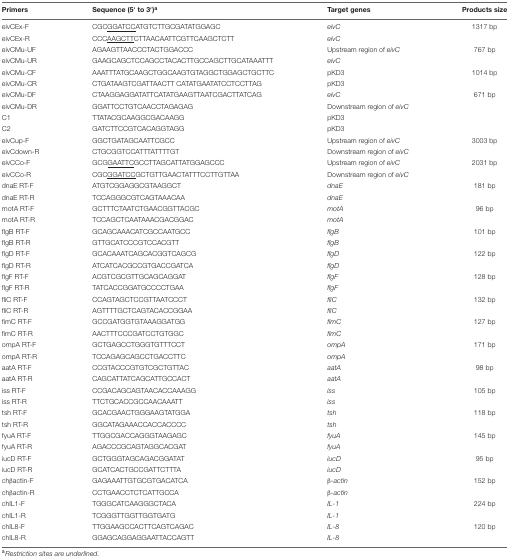
<table><thead><tr><td><b>Primers</b></td><td><b>Sequence (5′ to 3′)<sup>a</sup></b></td><td><b>Target genes</b></td><td><b>Products size</b></td></tr></thead><tbody><tr><td>eivCEx-F</td><td>CGC<underline>GGATCC</underline>ATGTCTTGCGATATGGAGC</td><td><i>eivC</i></td><td>1317 bp</td></tr><tr><td>eivCEx-R</td><td>CCC<underline>AAGCTT</underline>CTTAACAATTCGTTCAAGCTCTT</td><td><i>eivC</i></td><td></td></tr><tr><td>eivCMu-UF</td><td>AGAAGTTAACCCTACTGGACCC</td><td>Upstream region of <i>eivC</i></td><td>767 bp</td></tr><tr><td>eivCMu-UR</td><td>GAAGCAGCTCCAGCCTACACTTGCCAGCTTGCATAAATTT</td><td><i>eivC</i></td><td></td></tr><tr><td>eivCMu-CF</td><td>AAATTTATGCAAGCTGGCAAGTGTAGGCTGGAGCTGCTTC</td><td>pKD3</td><td>1014 bp</td></tr><tr><td>eivCMu-CR</td><td>CTGATAAGTCGATTAACTT CATATGAATATCCTCCTTAG</td><td>pKD3</td><td></td></tr><tr><td>eivCMu-DF</td><td>CTAAGGAGGATATTCATATGAAGTTAATCGACTTATCAG</td><td><i>eivC</i></td><td>671 bp</td></tr><tr><td>eivCMu-DR</td><td>GGATTCCTGTCAACCTAGAGAG</td><td>Downstream region of <i>eivC</i></td><td></td></tr><tr><td>C1</td><td>TTATACGCAAGGCGACAAGG</td><td>pKD3</td><td></td></tr><tr><td>C2</td><td>GATCTTCCGTCACAGGTAGG</td><td>pKD3</td><td></td></tr><tr><td>eivCup-F</td><td>GGCTGATAGCAATTCGCC</td><td>Upstream region of <i>eivC</i></td><td>3003 bp</td></tr><tr><td>eivCdown-R</td><td>CTGCGGTCCATTTATTTTGT</td><td>Downstream region of <i>eivC</i></td><td></td></tr><tr><td>eivCCo-F</td><td>GCG<underline>GAATTC</underline>GCCTTAGCATTATGGAGCCC</td><td>Upstream region of <i>eivC</i></td><td>2031 bp</td></tr><tr><td>eivCCo-R</td><td>CGC<underline>GGATCC</underline>GCTGTTGAACTATTTCCTTGTTAA</td><td>Downstream region of <i>eivC</i></td><td></td></tr><tr><td>dnaE RT-F</td><td>ATGTCGGAGGCGTAAGGCT</td><td><i>dnaE</i></td><td>181 bp</td></tr><tr><td>dnaE RT-R</td><td>TCCAGGGCGTCAGTAAACAA</td><td><i>dnaE</i></td><td></td></tr><tr><td>motA RT-F</td><td>GCTTTCTAATCTGAACGGTTACGC</td><td><i>motA</i></td><td>96 bp</td></tr><tr><td>motA RT-R</td><td>TCCAGCTCAATAAACGACGGAC</td><td><i>motA</i></td><td></td></tr><tr><td>flgB RT-F</td><td>GCAGCAAACATCGCCAATGCC</td><td><i>flgB</i></td><td>101 bp</td></tr><tr><td>flgB RT-R</td><td>GTTGCATCCCGTCCACGTT</td><td><i>flgB</i></td><td></td></tr><tr><td>flgD RT-F</td><td>GCACAAATCAGCACGGTCAGCG</td><td><i>flgD</i></td><td>122 bp</td></tr><tr><td>flgD RT-R</td><td>ATCATCACGCCGTGACCGATCA</td><td><i>flgD</i></td><td></td></tr><tr><td>flgF RT-F</td><td>ACGTCGCGTTGCAGCAGGAT</td><td><i>flgF</i></td><td>128 bp</td></tr><tr><td>flgF RT-R</td><td>TATCACCGGATGCCCCTGAA</td><td><i>flgF</i></td><td></td></tr><tr><td>fliC RT-F</td><td>CCAGTAGCTCCGTTAATCCCT</td><td><i>fliC</i></td><td>132 bp</td></tr><tr><td>fliC RT-R</td><td>AGTTTTGCTCAGTACACCGGAA</td><td><i>fliC</i></td><td></td></tr><tr><td>fimC RT-F</td><td>GCCGATGGTGTAAAGGATGG</td><td><i>fimC</i></td><td>127 bp</td></tr><tr><td>fimC RT-R</td><td>AACTTTCCCGATCCTGTGGC</td><td><i>fimC</i></td><td></td></tr><tr><td>ompA RT-F</td><td>GCTGAGCCTGGGTGTTTCCT</td><td><i>ompA</i></td><td>171 bp</td></tr><tr><td>ompA RT-R</td><td>TCCAGAGCAGCCTGACCTTC</td><td><i>ompA</i></td><td></td></tr><tr><td>aatA RT-F</td><td>CCGTACCCGTGTCGCTGTTAC</td><td><i>aatA</i></td><td>98 bp</td></tr><tr><td>aatA RT-R</td><td>CAGCATTATCAGCATTGCCACT</td><td><i>aatA</i></td><td></td></tr><tr><td>iss RT-F</td><td>CCGACAGCAGTAACACCAAAGG</td><td><i>iss</i></td><td>105 bp</td></tr><tr><td>iss RT-R</td><td>TTCTGCACCGCCAACAAATT</td><td><i>iss</i></td><td></td></tr><tr><td>tsh RT-F</td><td>GCACGAACTGGGAAGTATGGA</td><td><i>tsh</i></td><td>118 bp</td></tr><tr><td>tsh RT-R</td><td>GGCATAGAAACCACCACCCC</td><td><i>tsh</i></td><td></td></tr><tr><td>fyuA RT-F</td><td>TTGGCGACCAGGGTAAGAGC</td><td><i>fyuA</i></td><td>145 bp</td></tr><tr><td>fyuA RT-R</td><td>AGACCCGCAGTAGGCACGAT</td><td><i>fyuA</i></td><td></td></tr><tr><td>iucD RT-F</td><td>GCTGGGTAGCAGACGGATAT</td><td><i>iucD</i></td><td>95 bp</td></tr><tr><td>iucD RT-R</td><td>GCATCACTGCCGATTCTTTA</td><td><i>iucD</i></td><td></td></tr><tr><td>chβactin-F</td><td>GAGAAATTGTGCGTGACATCA</td><td><i>β-actin</i></td><td>152 bp</td></tr><tr><td>chβactin-R</td><td>CCTGAACCTCTCATTGCCA</td><td><i>β-actin</i></td><td></td></tr><tr><td>chIL1-F</td><td>TGGGCATCAAGGGCTACA</td><td><i>IL-1</i></td><td>224 bp</td></tr><tr><td>chIL1-R</td><td>TCGGGTTGGTTGGTGATG</td><td><i>IL-1</i></td><td></td></tr><tr><td>chIL8-F</td><td>TTGGAAGCCACTTCAGTCAGAC</td><td><i>IL-8</i></td><td>120 bp</td></tr><tr><td>chIL8-R</td><td>GGAGCAGGAGGAATTACCAGTT</td><td><i>IL-8</i></td><td></td></tr></tbody></table>